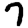
Digit: 7